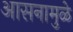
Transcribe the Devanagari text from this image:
आसनामुळे